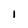
Character: 1